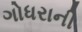
ગોધરાની